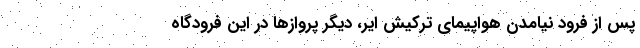
پس از فرود نیامدن هواپیمای ترکیش ایر، دیگر پروازها در این فرودگاه